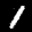
Label: 1